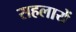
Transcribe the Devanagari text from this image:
सहलायें